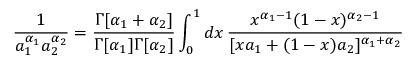
\frac { 1 } { a _ { 1 } ^ { \alpha _ { 1 } } a _ { 2 } ^ { \alpha _ { 2 } } } = \frac { \Gamma [ \alpha _ { 1 } + \alpha _ { 2 } ] } { \Gamma [ \alpha _ { 1 } ] \Gamma [ \alpha _ { 2 } ] } \int _ { 0 } ^ { 1 } d x \, \frac { x ^ { \alpha _ { 1 } - 1 } ( 1 - x ) ^ { \alpha _ { 2 } - 1 } } { [ x a _ { 1 } + ( 1 - x ) a _ { 2 } ] ^ { \alpha _ { 1 } + \alpha _ { 2 } } }